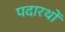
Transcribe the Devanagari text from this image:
पदारथों